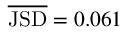
\overline { { \mathrm { J S D } } } = 0 . 0 6 1